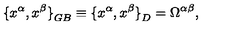
{ \{ x ^ { \alpha } , x ^ { \beta } \} } _ { G B } \equiv { \{ x ^ { \alpha } , x ^ { \beta } \} } _ { D } = \Omega ^ { \alpha \beta } ,